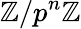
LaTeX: \mathbb{Z}/p^{n}\mathbb{Z}